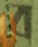
ব